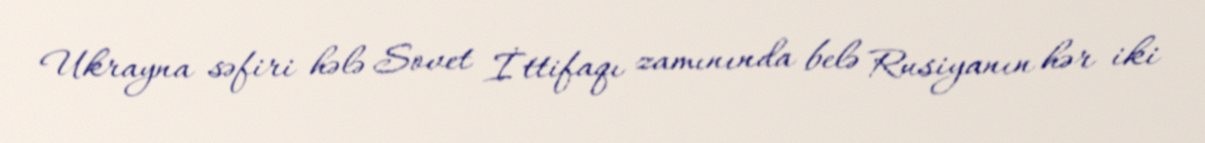
Ukrayna səfiri hələ Sovet İttifaqı zamınında belə Rusiyanın hər iki